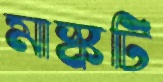
মাস্কটি